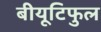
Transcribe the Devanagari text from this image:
बीयूटिफुल